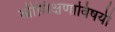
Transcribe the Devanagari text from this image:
स्त्रीशिक्षणाविषयी